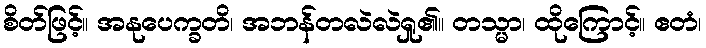
စိတ်ဖြင့်။ အနုပေက္ခတိ၊ အဘန်တလဲလဲရှု၏။ တသ္မာ၊ ထိုကြောင့်။ ဧတံ၊